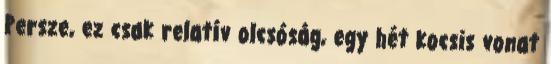
Persze, ez csak relatív olcsóság, egy hét kocsis vonat